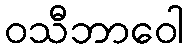
ဝသီဘာဝေါ